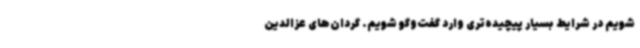
شویم در شرایط بسیار پیچیده‌تری وارد گفت‌وگو شویم. گردان‌های عزالدین